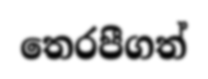
තෙරපීගත්